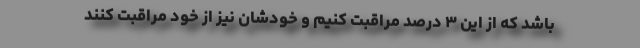
باشد که از این ۳ درصد مراقبت کنیم و خودشان نیز از خود مراقبت کنند